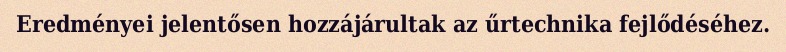
Eredményei jelentősen hozzájárultak az űrtechnika fejlődéséhez.